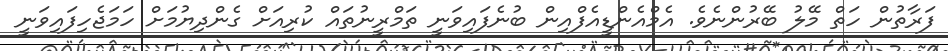
ފަރާތުން ހަތް މޭލު ބޭރުންނެވެ. އެމްއެންޑީއެފްއިން ބުނެފައިވަނީ ތަމްރީނުތައް ކުރިއަށް ގެންދިޔުމަށް ހަމަޖެހިފައިވަނީ